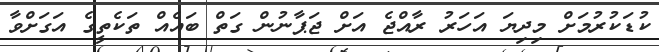
ކުޑަކުރުމަށް މިދިޔަ އަހަރު ރާއްޖެ އަށް ޖަޕާނުން ގަތް ބައެއް ތަކެތީގެ އަގަށްވާ